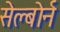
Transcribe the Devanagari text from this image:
सेल्बोर्न